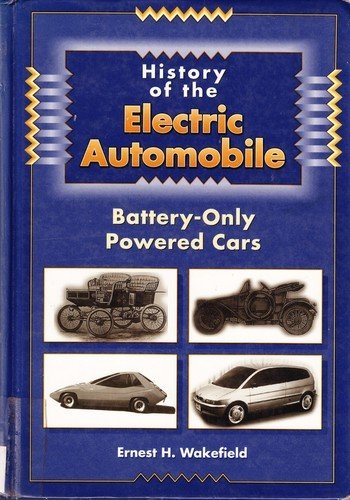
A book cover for History of the Electric Automobile: Battery-Only Powered Cars; Ernest Henry, Ph.D. Wakefield; Engineering & Transportation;